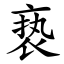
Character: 亵